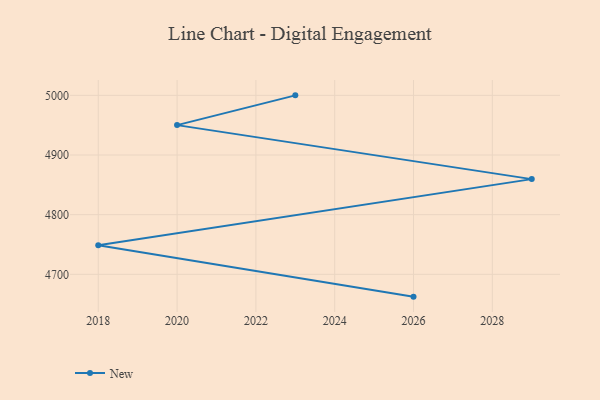
{"axis": {"x": "Year", "y": "Budget (USD K)"}, "legend": ["New"], "data": [{"x": "2026", "y": 4662.6, "type": "New"}, {"x": "2018", "y": 4748.8, "type": "New"}, {"x": "2029", "y": 4859.6, "type": "New"}, {"x": "2020", "y": 4950.1, "type": "New"}, {"x": "2023", "y": 5000, "type": "New"}]}